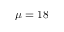
\mu = 1 8